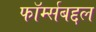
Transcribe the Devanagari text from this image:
फॉर्म्सबद्दल